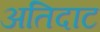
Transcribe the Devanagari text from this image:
अतिदाट